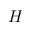
H